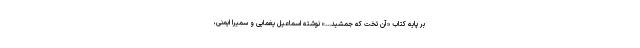
بر پایه کتاب «آن تخت‌ که جمشید...» نوشته اسماعیل یغمایی و سمیرا ایمنی،